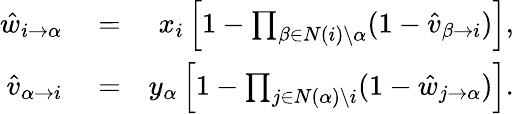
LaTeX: \begin{array}{rlr}{\hat{w}_{i\rightarrow\alpha}}&{{}=}&{x_{i}\left[1-\prod_{\beta\in N(i)\setminus\alpha}(1-\hat{v}_{\beta\rightarrow i})\right],}\\ {\hat{v}_{\alpha\rightarrow i}}&{{}=}&{y_{\alpha}\left[1-\prod_{j\in N(\alpha)\setminus i}(1-\hat{w}_{j\rightarrow\alpha})\right].}\end{array}